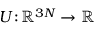
U \! : \! \mathbb { R } ^ { 3 N } \to \mathbb { R }